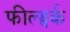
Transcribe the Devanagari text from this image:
फील्ड्वर्क